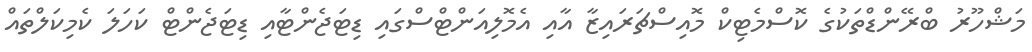
މަޝްހޫރު ބްރޭންޑްތަކުގެ ކޮސްމެޓިކް މޮއިސްޗަރައިޒާ އާއި އެމޮލިއަންޓްސްގައި ޑިޓަޖެންޓާއި ޑިޓަޖެންޓް ކަހަލަ ކެމިކަލްތައް